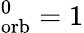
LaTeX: _\mathrm{orb}^{0}=1